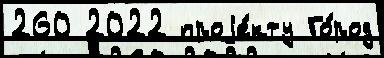
260 2022 проjе́кту Го́род